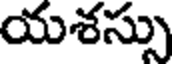
యశస్సు